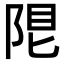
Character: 𨹨